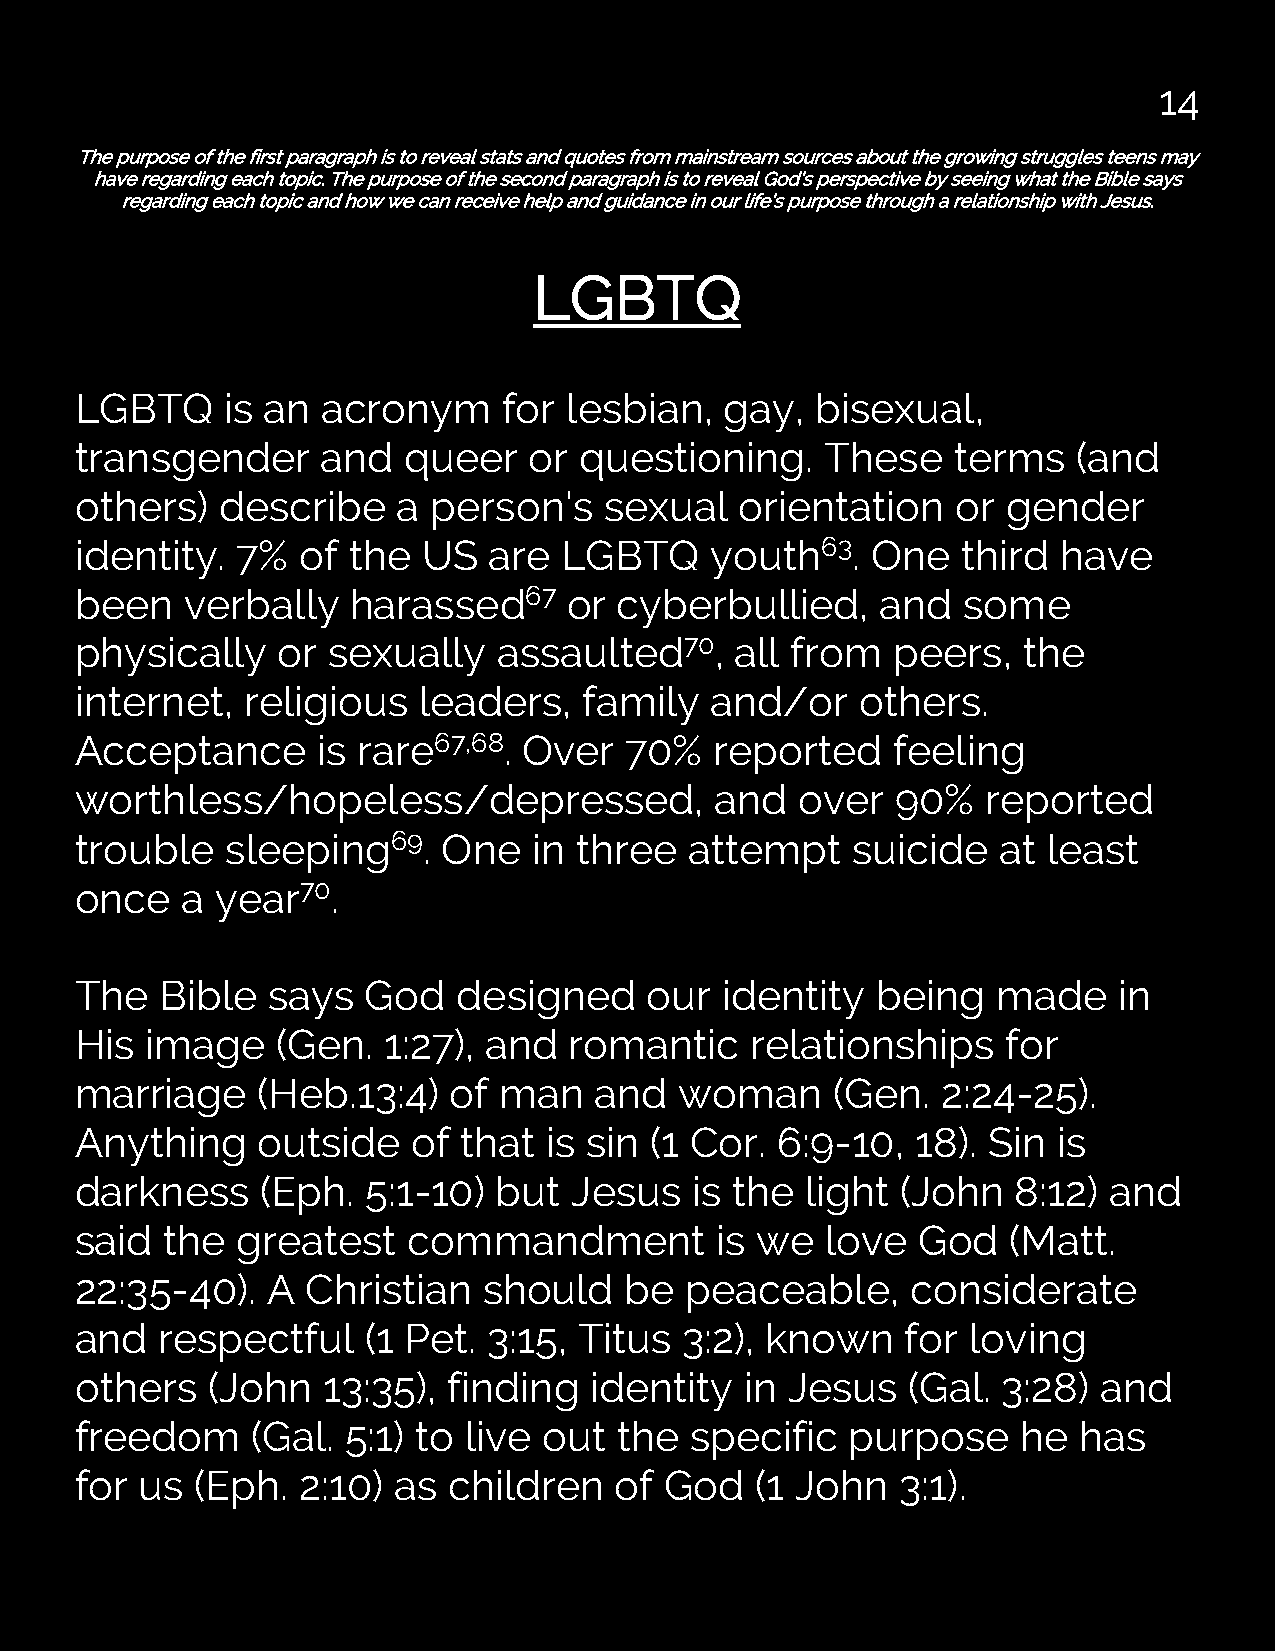
14
 The purpose of the first paragraph is to reveal stats and quotes from mainstream sources about the growing struggles teens may
 have regarding each topic. The purpose of the second paragraph is to reveal God’s perspective by seeing what the Bible says
 regarding each topic and how we can receive help and guidance in our life’s purpose through a relationship with Jesus.
 LGBTQ
 LGBTQ     is an acronym     for  lesbian,  gay,  bisexual,
 transgender     and   queer   or questioning.     These   terms   (and
 others)   describe   a  person's   sexual   orientation   or  gender
 identity.  7%  of the  US  are  LGBTQ     youth63.   One   third have
 been   verbally   harassed67     or cyberbullied,    and   some
 physically   or  sexually   assaulted70,    all from  peers,   the
 internet,  religious   leaders,   family  and/or    others.
 Acceptance      is rare67,68. Over  70%   reported    feeling
 worthless/hopeless/depressed,             and   over  90%   reported
 trouble   sleeping69.   One   in three   attempt   suicide   at least
 once   a year70.
 The   Bible  says  God   designed     our  identity  being   made    in
 His  image   (Gen.  1:27), and   romantic    relationships    for
 marriage    (Heb.13:4)   of man   and   woman     (Gen.  2:24-25).
 Anything    outside   of  that is sin (1 Cor. 6:9-10,   18). Sin is
 darkness    (Eph.  5:1-10)  but  Jesus   is the light  (John  8:12) and
 said  the  greatest   commandment         is we   love  God   (Matt.
 22:35-40).   A Christian   should   be  peaceable,     considerate
 and  respectful    (1 Pet. 3:15, Titus  3:2), known    for loving
 others   (John  13:35),  finding  identity  in Jesus   (Gal. 3:28)  and
 freedom     (Gal. 5:1) to live out  the  specific  purpose     he has
 for us  (Eph.  2:10) as  children   of God   (1 John   3:1).